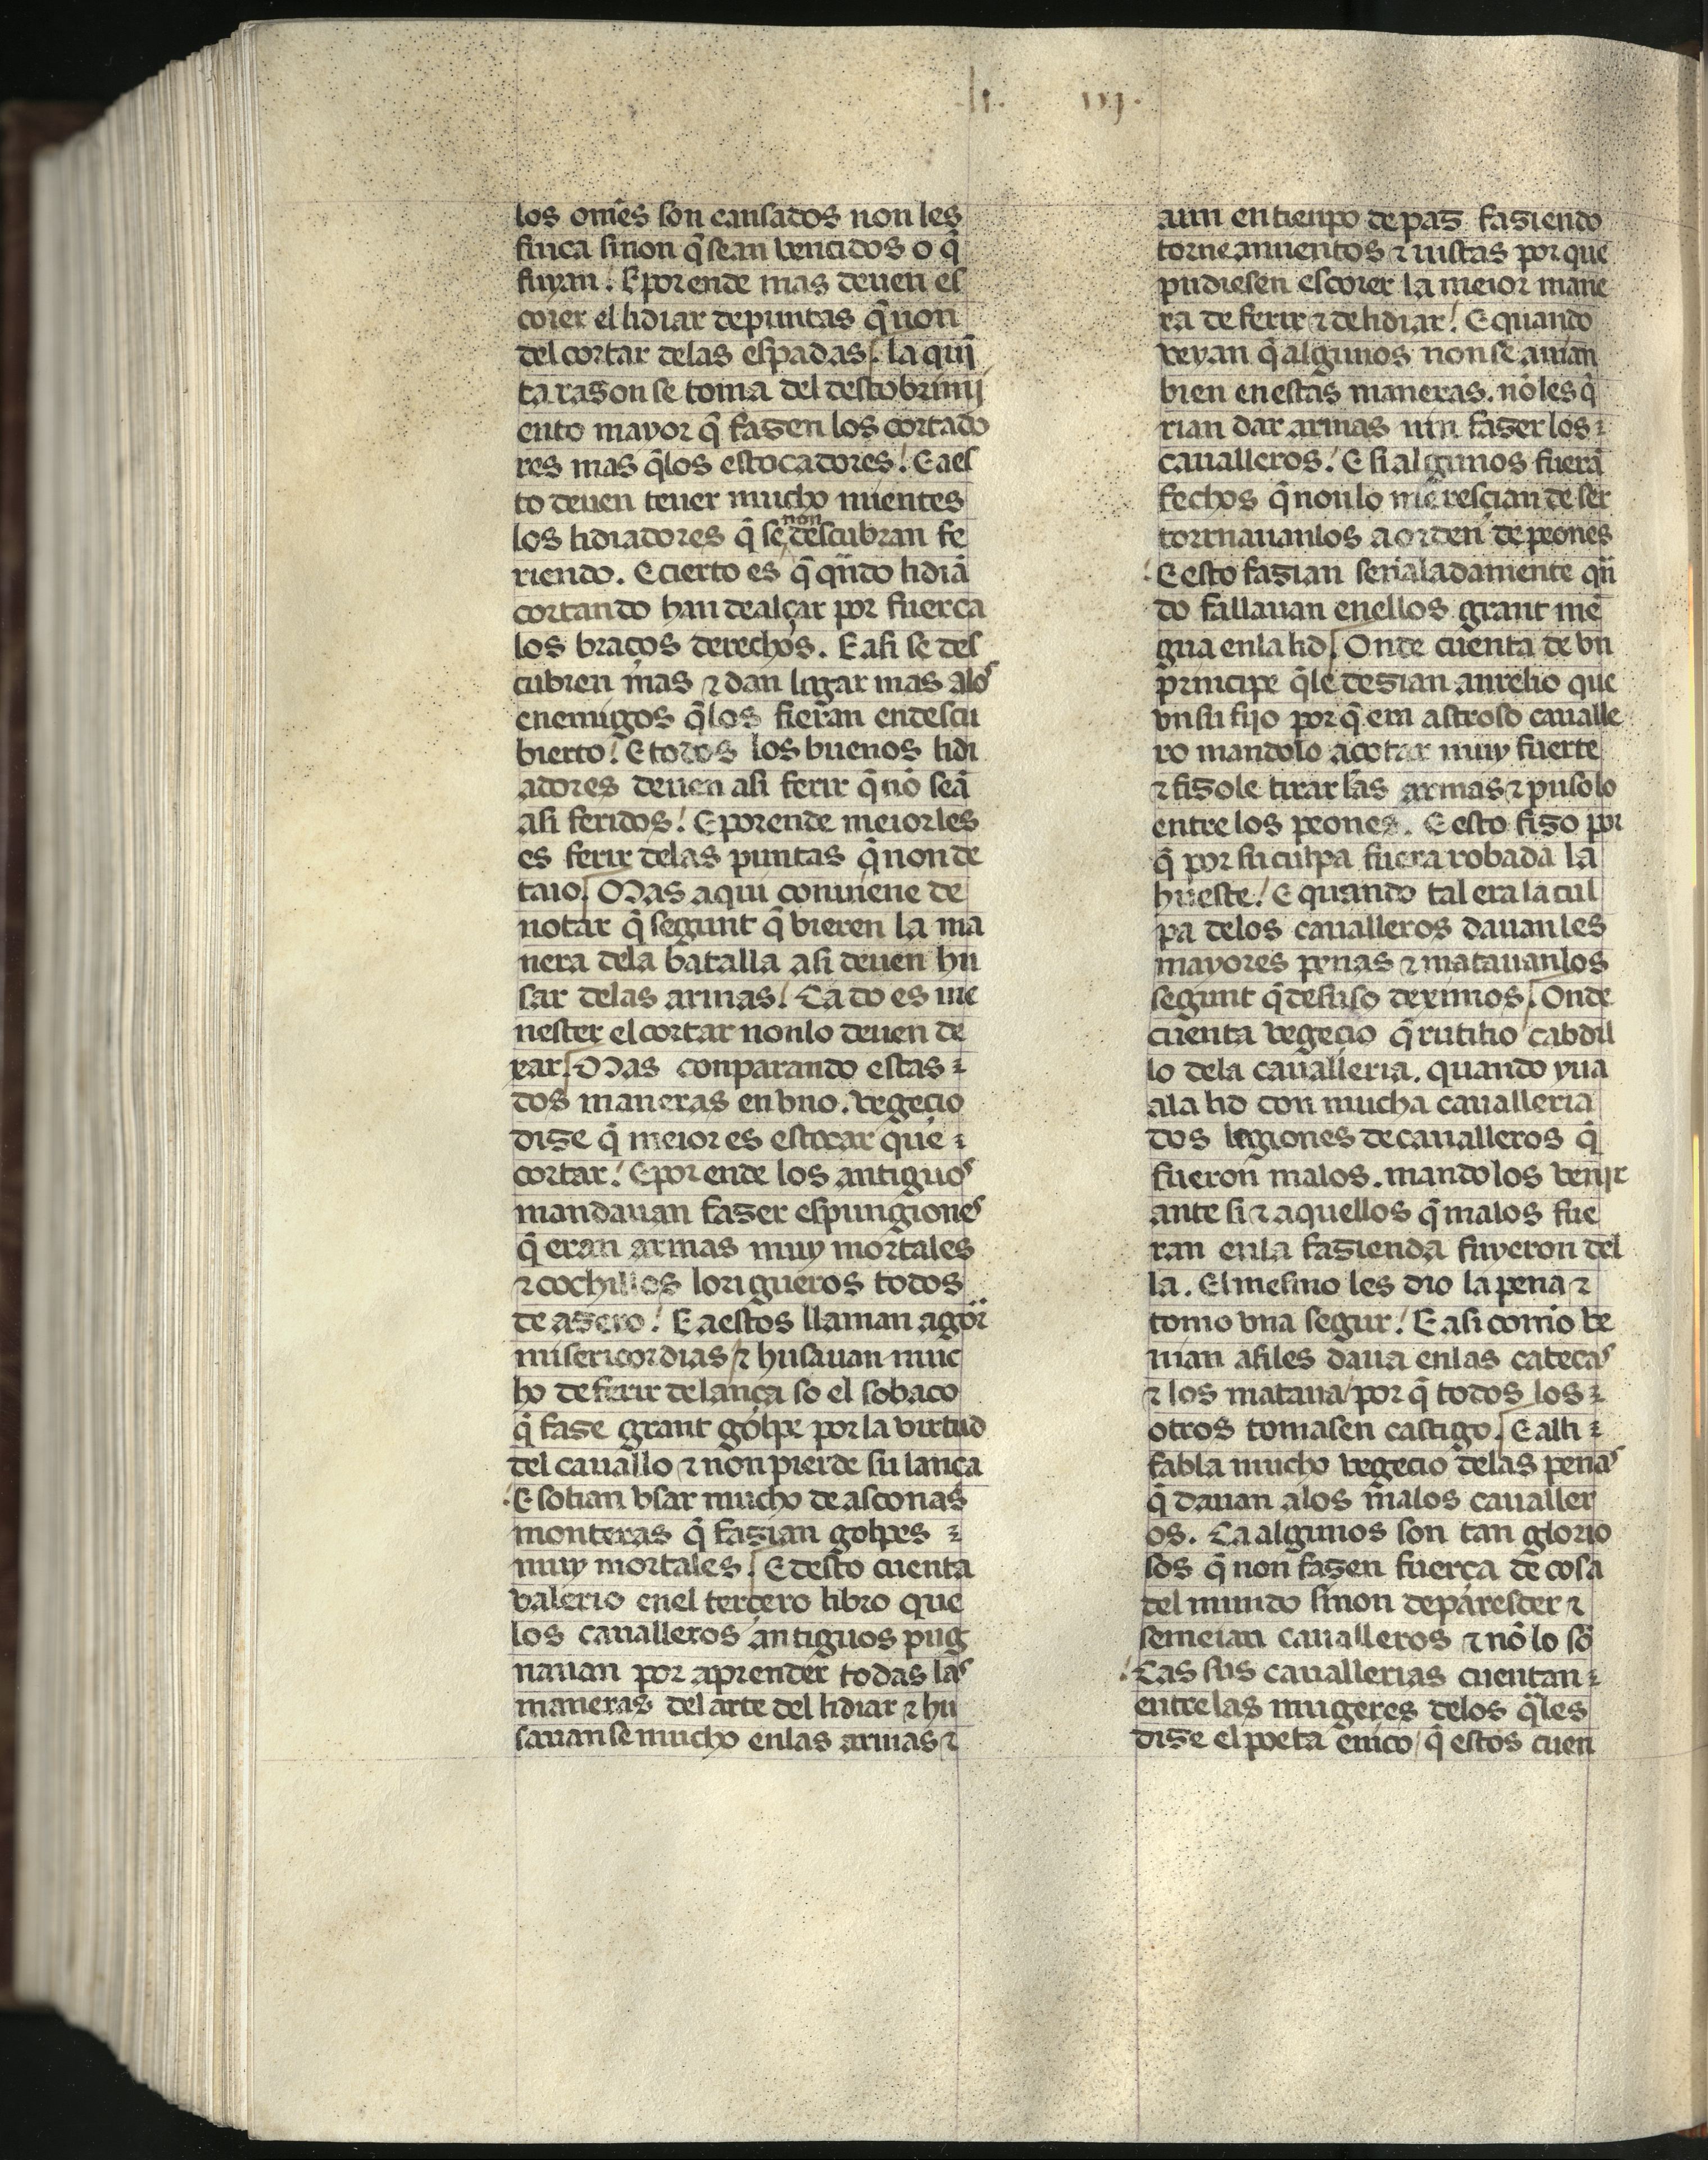
Shelfmark: Madrid, Fundación Lázaro Galdiano, mss 289
Century: 15